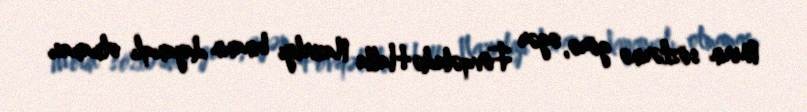
Merin sözlərinə görə, əgər Fövqəladə Halla Nazirliyi binanın dayanıqlı olmaması